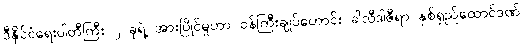
ဒီနိုင်ငံရေးပါတီကြီး ၂ ခုရဲ့ အားပြိုင်မှုဟာ ဝန်ကြီးချုပ်ဟောင်း ခါလီဒါဇီရာ နှစ်ရှည်ထောင်ဒဏ်